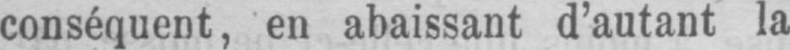
conséquent, en abaissant d’autant la